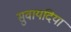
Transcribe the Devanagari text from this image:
सुवायदिया